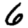
Digit: 6